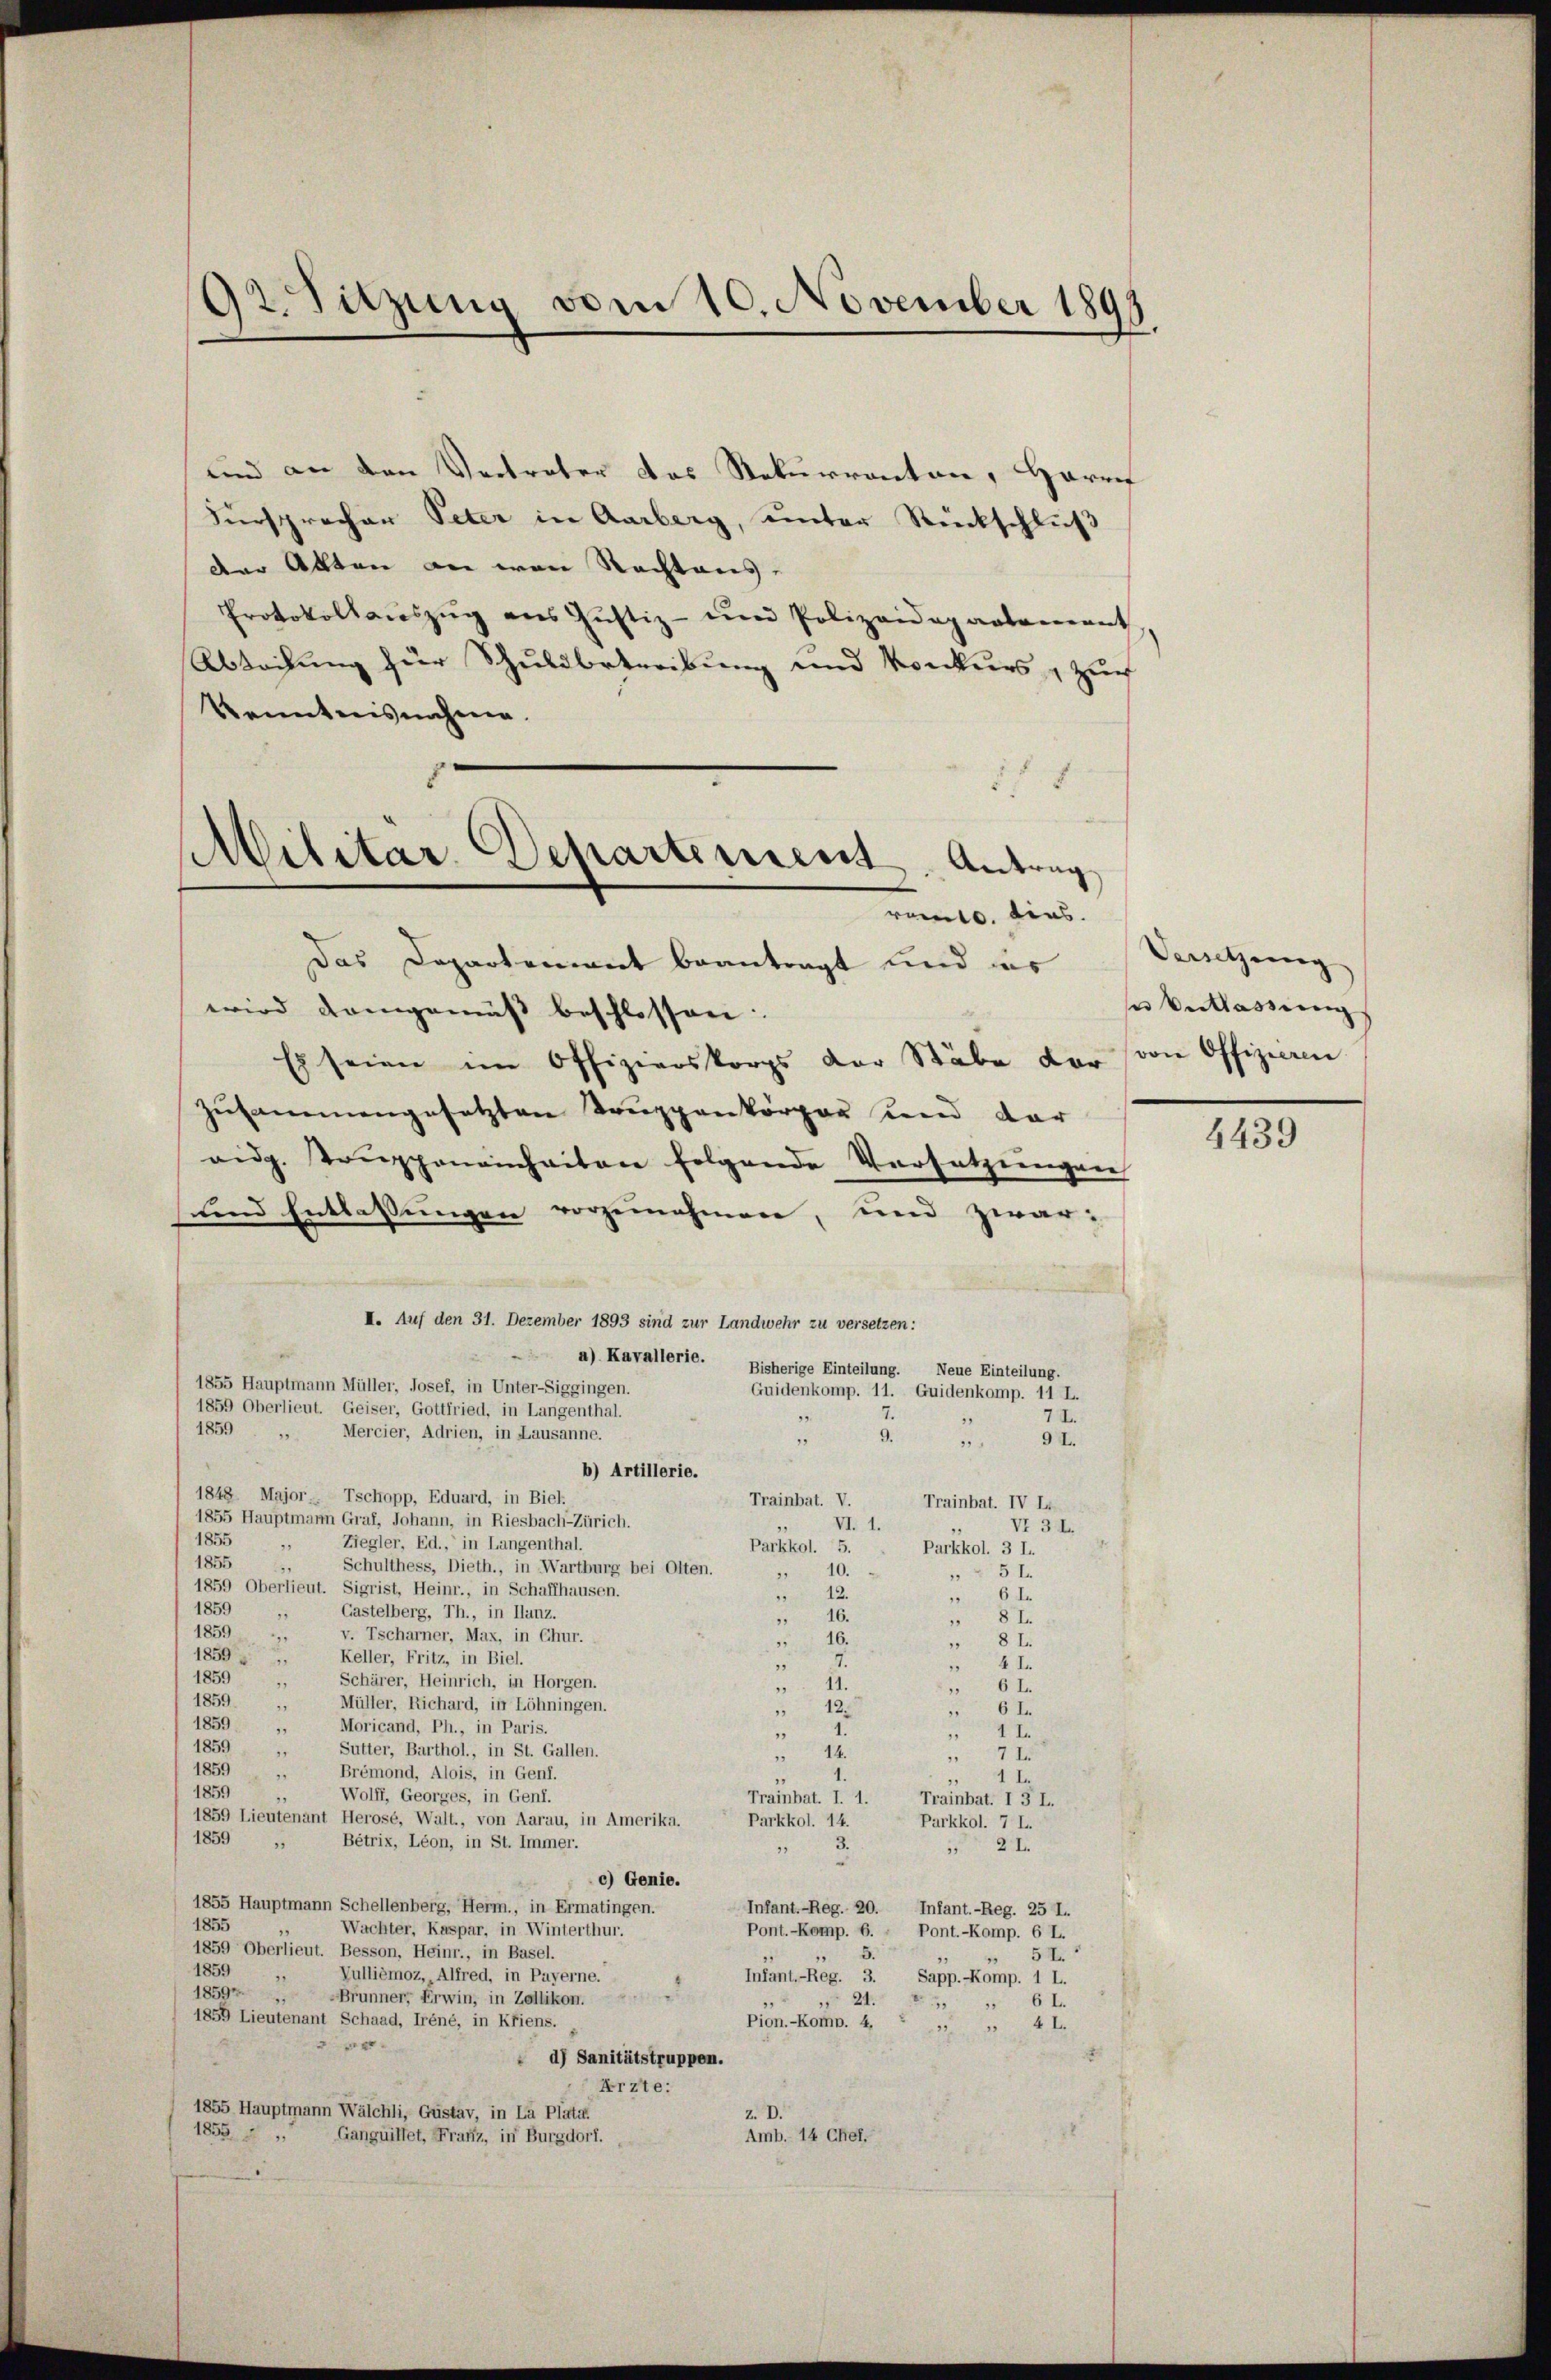
92. Sitzung vom 10. November 1893

und an den Vertreter das Rekurrenten, Harrif
Fürsprecher Peter in Aarberg, unter Rückschluß
der Akten an von Rechtens-
Protokollauszug aus Justiz- und Polizeiderarlamant
Abteilung zur Schuldbetreibung und Konkurs, zur
Kenntnisnahme.
518

Militar Departement. Antrag
romts. dies.

das Departement beantragt und ins
wird demgemut beschlossen.
Es seien im Offizierskorps der Stäbe der von Offizieren
zusammengesetzten Truppenkörper und dar
eidg. Trŭppeneinheiten folgende Versatzungen
und Entlassungen vorgenehmen, und zwar:
II. Auf den 31. Dezember 1893 sind zur Landwehr zu versetzen:
a) Kavallerie. Bisherige Einteilung. Neue Einteilung.
1855 Hauptmann Müller, Josef, in Unter-Siggingen.
Guidenkomp. 11. Guidenkomp. 11 L.
1859 Oberlieut. Geiser, Gottfried, in Langenthal.
78
1
1859 " Mercier, Adrien, in Lausanne.
9.
9
9 I.
195
b) Artillerie.
1848. Major. Tschopp, Eduard, in Biel.
Trainbat. V.
Trainbat. IV L.
1855 Hauptmann Graf, Johann, in Riesbach-Zürich.
VI. 1.
VI 32.
.
1855
Ziegler, Ed., in Langenthal.
9
Parkkol. 5.
Parkkol. 3 L.
1855
Schulthess, Dieth., in Wartburg bei Olten.
19
10.
5 I
1859 Oberlieut. Sigrist, Heinr., in Schaffhausen.
 12.
6 I
1859
Gastelberg, Th., in Ilanz.
18
 16.
8 I
1859
v. Tscharner, Max, in Chur.
16.
35
8 I
1859
Keller, Fritz, in Biel.
5
4I
1859
Schärer, Heinrich, in Horgen.
.
6 L.
1859
Müller, Richard, in Löhningen.
 12.
6 I.
1859 „
Moricand, Ph., in Paris.
1 I
.
1859
Sutter, Barthol., in St. Gallen.
14.
5
7
2
1859
Brémond, Alois, in Genf.
1
.
1 I.
1859
Wolff, Georges, in Genf.
Trainbat. I. 1.
Trainbat. I 3 L.
1859 Lieutenant Herosé, Walt., von Aarau, in Amerika.
Parkkol. 14.
Parkkol. 7 L.
1859
Bétrix, Léon, in St. Immer.
2I
11
c) Genie.
1855 Hauptmann Schellenberg, Herm., in Ermatingen.
Infant. - Reg. 20.
Infant. - Reg. 25 J.
1855
Wachter, Kaspar, in Winterthur.
Pont.-Komp. 6.
Pont.-Komp. 6 L.
1859 Oberlieut. Besson, Heinr., in Basel.
5.
5I
1859
Vullièmoz, Alfred, in Payerne.
Infant.-Reg. 3. Sapp.-Komp. 1 L.
1859. Brunner, Erwin, in Zollikon.
 24.
6 L.
1859 Lieutenant Schaad, Tréné, in Kfiens.
Pion.-Komp. 4,
 4 L.
r
d) Sanitätstruppen.
Krzte:
1855 Hauptmann Wälchli, Gustav, in La Plata
1855
Amb. 14 Chef.
Ganguittet, Franz, in Burgdorf.

Versetzung
e Verklassung

4439